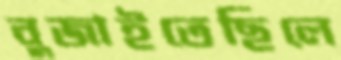
বুজাইতেছিলে